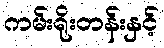
ကမ်းရိုးတန်းနှင့်